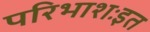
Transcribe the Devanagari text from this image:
परिभाशःइत